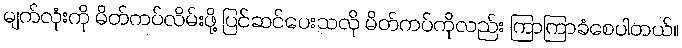
မျက်လုံးကို မိတ်ကပ်လိမ်းဖို့ ပြင်ဆင်ပေးသလို မိတ်ကပ်ကိုလည်း ကြာကြာခံစေပါတယ်။